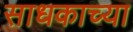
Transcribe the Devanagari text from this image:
साधकाच्या